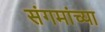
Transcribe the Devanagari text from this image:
संगमांच्या